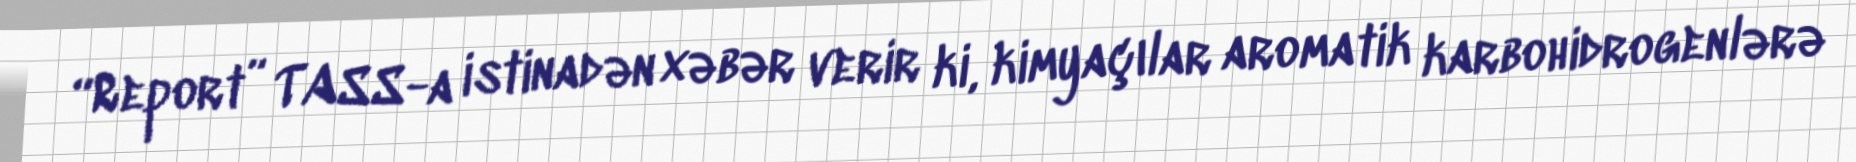
“Report” TASS-a istinadən xəbər verir ki, kimyaçılar aromatik karbohidrogenlərə